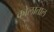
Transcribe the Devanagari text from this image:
कोलाताल